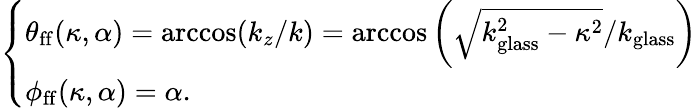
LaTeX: \left\{ \begin{array}{ll}{\theta_{\mathrm{ff}}(\kappa,\alpha)=\operatorname{arccos}(k_{z}/k)=\operatorname{arccos}\bigg(\sqrt{k_{\mathrm{glass}}^{2}-\kappa^{2}}/k_{\mathrm{glass}}\bigg)}\\ {\phi_{\mathrm{ff}}(\kappa,\alpha)=\alpha.}\end{array}\right.